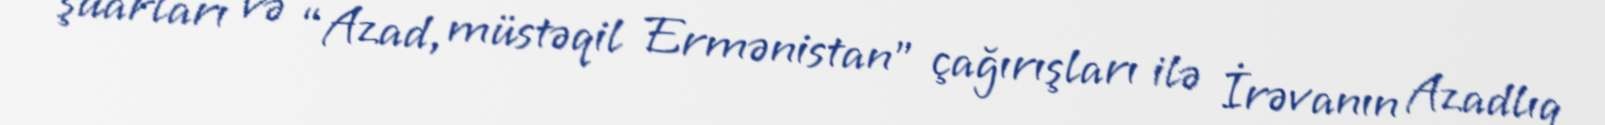
şüarları və “Azad, müstəqil Ermənistan” çağırışları ilə İrəvanın Azadlıq